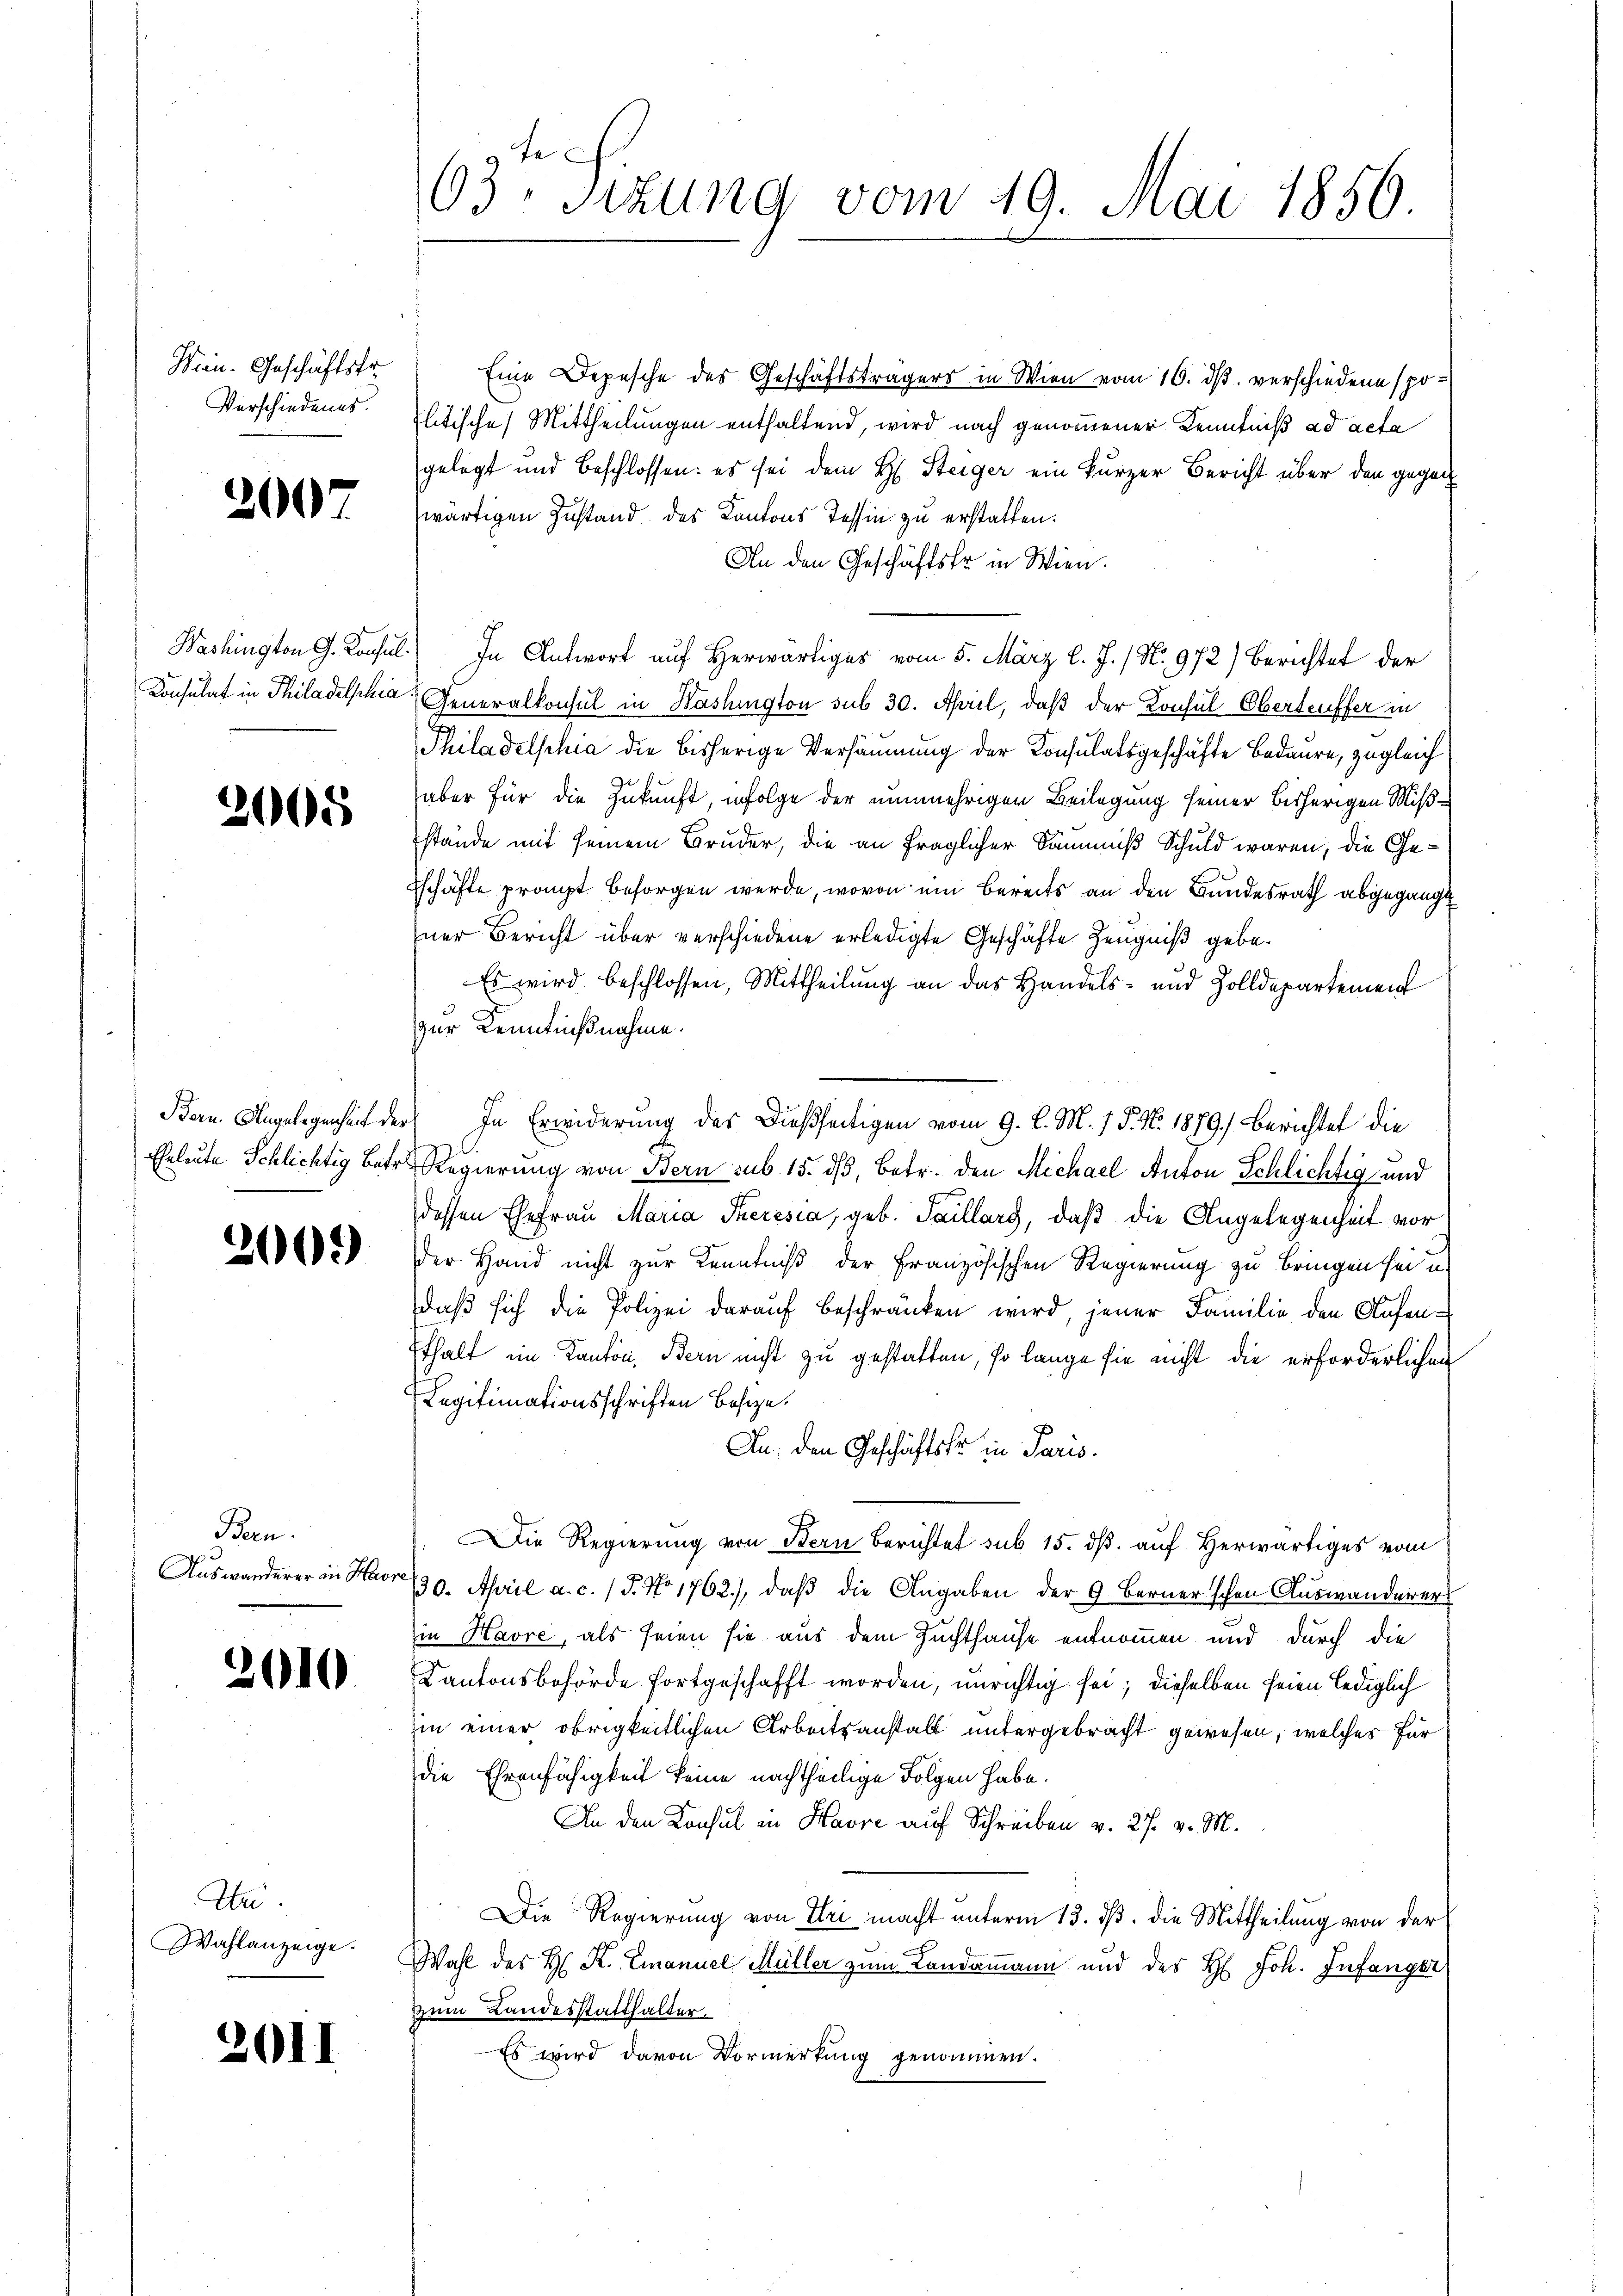
Wien. Geschäftsfr.
Verschiedenes.

200

Washington G. Konsul¬
Konsulat in Philadelphia

2005

Bern. Angelegenheit der
Eheleute Schlichtig Betr.

2009)

Bern.
Auswanderer in Har

2610

We.
Wahlanzeige.

2011

63te Sizung vom 19. Mai 1856.

Eine Depesche des Geschäftsträgers in Wien vom 16. ds. verschiedene politische Mittheilungen enthaltend, wird nach genommener Kenntniß ad acta
gelegt und beschlossen: es sei dem H. Steiger ein kurzer Bericht über den gegen
wärtigen Zustand des Kantons Tessin zu erstatten.
An den Geschäftsfr. in Wien.
In Antwort auf Herwärtiges vom 5. März l. J. / No. 972) Berichtet der
Generalkonsul in Washington sub 30. April, daß der Konsul Oberteuffer in
Philadelphia die bisherige Versäumung der Konsulatsgeschäfte Bedaure, zugleich
aber für die Zukunft, infolge der nunmehrigen Beilegung seiner bisherigen Mißstände mit seinem Bruder, die an fraglicher Säumniß Schuld waren, die Geschäfte prompt besorgen werde, wovon ein Bereits an den Bundesrath abgegangt
ner Bericht über verschiedene erledigte Geschäfte Zeugniß gebe¬
Es wird beschlossen, Mittheilung an das Handels- und Zolldepartement
zur Kenntnißnahme.
In Erwiderung des Dießseitigen vom 9. l. M. 1. P. N. 1879) Berichtet die
Regierung von Bern sub 15. dβ, betr. den Michael Anton Schlichtig und
dessen Ehefrau Maria Theresia, geb. Saillarg, daß die Angelegenheit vor
der Hand nicht zur Kenntniß der Französischen Regierung zu bringen sei u.
daß sich die Polizei darauf beschränken wird, jener Familie den Aufen¬
Ethalt im Kanton, Bern nicht zu gestatten, so lange sie nicht die erforderlichen
Legitimationsschriften Besize.
An den Geschäftsko in Paris.
Die Regierung von Bern Berichtet sub 15. dß. auf Herwärtiges vom
130. April a. c. (T. No 1762), daβ die Angaben der 9. Berner'schen Auswanderer
in Havre, als seien sie aus dem Zuchthause entnommen und durch die
Kantonsbehörde fortgeschafft worden, unrichtig sei; dieselben seien lediglich
in einer obrigkeitlichen Arbeitsanstalt untergebracht gewesen, welches für
die Ehrenfähigkeit keine nachtheilige Folgen habe.
An den Konsul in Havre auf Schreiben v. 27. v. M.
Die Regierung von Uri macht unterm 13. dß. die Mittheilung von der
Wahl des H. K. Emanuel Müller zum Landammann und des H. Joh. Infanger
zum Landesstatthalter.
Es wird davon Vormerkung genommen.